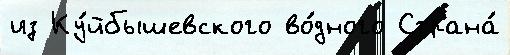
из Ку́йбышевского во́дного Страна́